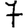
Digit: 7